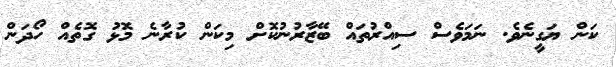
ކަން ޔަގީނެވެ. ނަމަވެސް ސިއްރުތައް ބޭޒާރުނުކޮށް މިކަން ކުރާނެ މޮޅު ގޮތެއް ހޯދަން